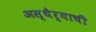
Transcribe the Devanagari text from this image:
अस्थैर्याची